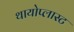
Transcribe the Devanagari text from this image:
थायोप्लास्ट